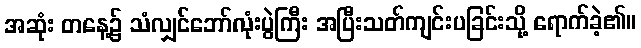
အဆုံး တနေ့၌ သံလျှင်ဘော်လုံးပွဲကြီး အပြီးသတ်ကျင်းပခြင်းသို့ ရောက်ခဲ့၏။